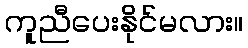
ကူညီပေးနိုင်မလား။